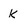
Character: K